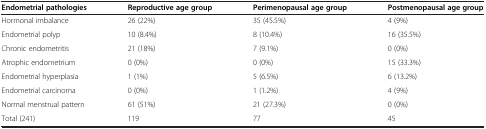
| Endometrial pathologies | Reproductive age group | Perimenopausal age group | Postmenopausal age group |
 | --- | --- | --- | --- |
 | Hormonal imbalance | 26 (22%) | 35 (45.5%) | 4 (9%) |
 | Endometrial polyp | 10 (8.4%) | 8 (10.4%) | 16 (35.5%) |
 | Chronic endometritis | 21 (18%) | 7 (9.1%) | 0 (0%) |
 | Atrophic endometrium | 0 (0%) | 0 (0%) | 15 (33.3%) |
 | Endometrial hyperplasia | 1 (1%) | 5 (6.5%) | 6 (13.2%) |
 | Endometrial carcinoma | 0 (0%) | 1 (1.2%) | 4 (9%) |
 | Normal menstrual pattern | 61 (51%) | 21 (27.3%) | 0 (0%) |
 | Total (241) | 119 | 77 | 45 |